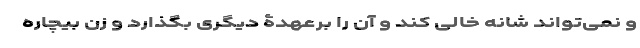
و نمی‌تواند شانه خالی کند و آن را برعهدۀ دیگری بگذارد و زن بیچاره